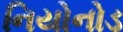
નિયોનોડ